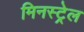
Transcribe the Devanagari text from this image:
मिनस्ट्रेल